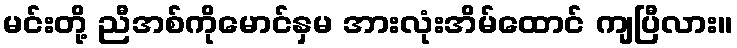
မင်းတို့ ညီအစ်ကိုမောင်နှမ အားလုံးအိမ်ထောင် ကျပြီလား။